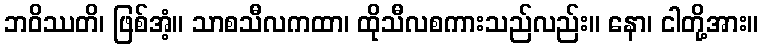
ဘဝိဿတိ၊ ဖြစ်အံ့။ သာစသီလကထာ၊ ထိုသီလစကားသည်လည်း။ နော၊ ငါတို့အား။